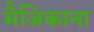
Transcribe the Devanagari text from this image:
मैजिकाना